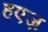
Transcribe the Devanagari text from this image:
हएज़